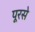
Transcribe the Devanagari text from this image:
पूरसे